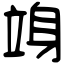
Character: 竧